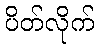
ပိတ်လိုက်